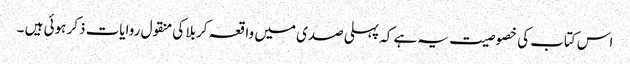
اس کتاب کی خصوصیت یہ ہے کہ پہلی صدی میں واقعہ کربلا کی منقول روایات ذکر ہوئی ہیں ۔